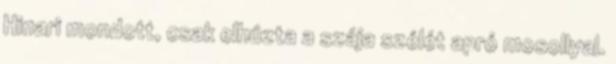
Hinari mondott, csak elhúzta a szája szélét apró mosollyal.